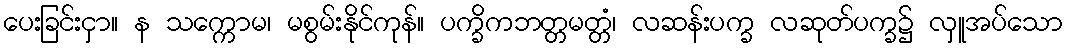
ပေးခြင်းငှာ။ န သက္ကောမ၊ မစွမ်းနိုင်ကုန်။ ပက္ခိကဘတ္တမတ္တံ၊ လဆန်းပက္ခ လဆုတ်ပက္ခ၌ လှူအပ်သော